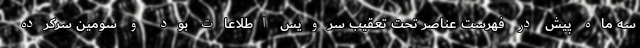
سه ماه پیش در فهرست عناصر تحت تعقیب سرویس اطلاعات بود و سومین سرکرده